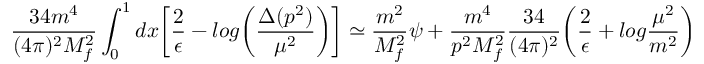
\frac { 3 4 m ^ { 4 } } { ( 4 \pi ) ^ { 2 } M _ { f } ^ { 2 } } \int _ { 0 } ^ { 1 } d x \biggl [ \frac { 2 } { \epsilon } - l o g \biggl ( \frac { \Delta ( p ^ { 2 } ) } { \mu ^ { 2 } } \biggr ) \biggr ] \simeq \frac { m ^ { 2 } } { M _ { f } ^ { 2 } } \psi + \frac { m ^ { 4 } } { p ^ { 2 } M _ { f } ^ { 2 } } \frac { 3 4 } { ( 4 \pi ) ^ { 2 } } \biggr ( \frac { 2 } { \epsilon } + l o g \frac { \mu ^ { 2 } } { m ^ { 2 } } \biggl )